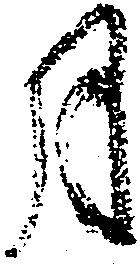
月